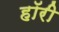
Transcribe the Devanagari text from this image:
हॉरी